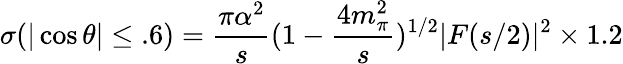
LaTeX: \sigma(|\cos\theta|\leq.6)=\frac{\pi\alpha^{2}}{s}(1-\frac{4m_{\pi}^{2}}{s})^{1/2}|F(s/2)|^{2}\times 1.2